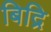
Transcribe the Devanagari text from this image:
बिद्रि